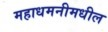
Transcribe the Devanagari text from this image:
महाधमनीमधील